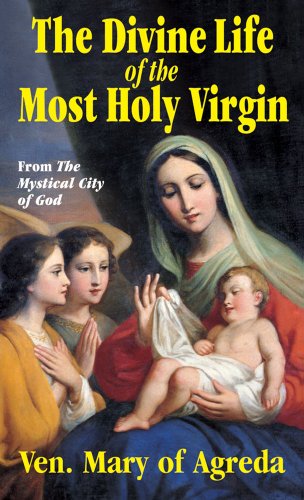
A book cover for The Divine Life of the Most Holy Virgin: Abridgement from The Mystical City of God; Ven. Mary of Agreda; Christian Books & Bibles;